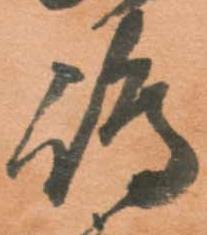
嶋